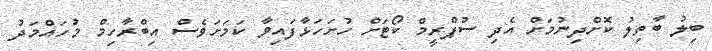
ބިލު ބާތިލު ކޮށްދިނުމަށް އެދި ސުޕްރީމް ކޯޓަށް ހުށަހަޅާފައިވާ ކަމަށަވެސް އިބްރާހިމް މުހައްމަދު